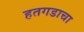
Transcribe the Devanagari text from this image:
हतगडाचा